Report of the Indian Hemp Drugs Commission, 1894-1895 - Volume VII
Year: 1894
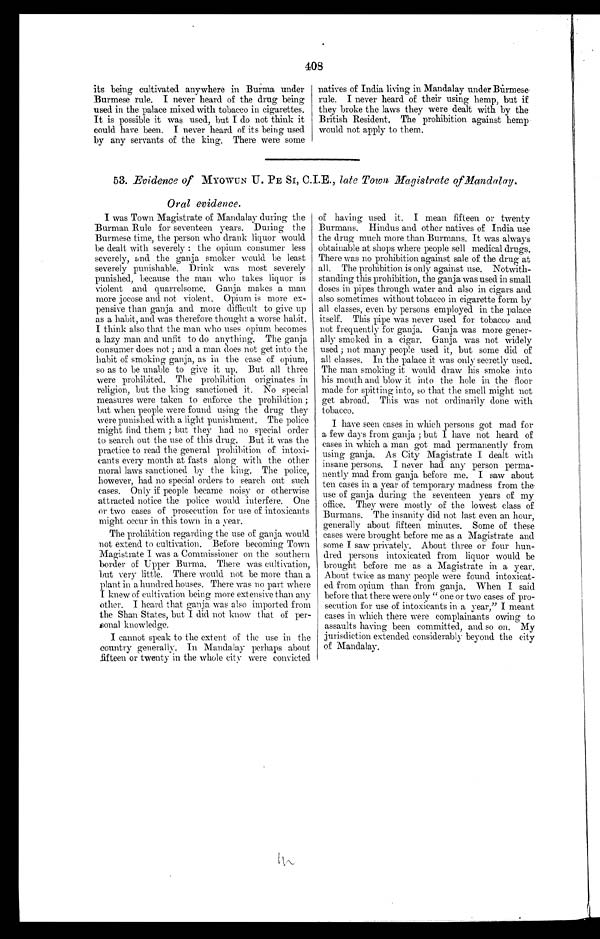
408
its being cultivated anywhere in Burma under
Burmese rule. I never heard of the drug being
used in the palace mixed with tobacco in cigarettes.
It is possible it was used, but I do not think it
could have been. I never heard of its being used
by any servants of the king. There were some
natives of India living in Mandalay under Burmese
rule. I never heard of their using hemp, but if
they broke the laws they were dealt with by the
British Resident, The prohibition against hemp
would not apply to them.
53. Evidence of MYOWUN U. PE SI, C.I.E., late Town Magistrate of Mandalay.
Oral evidence.
I was Town Magistrate of Mandalay during the
Burman Rule for seventeen years. During the
Burmese time, the person who drank liquor would
be dealt with severely : the opium consumer less
severely, and the ganja smoker would. be least
severely punishable. Drink was most severely
punished, because the man who takes liquor is
violent and quarrelsome. Ganja makes a man
more jocose and not violent. Opium is more ex-
pensive than ganja and more difficult to give up
as a habit, and was therefore thought a worse habit.
I think also that the man who uses opium becomes
a lazy man and unfit to do anything. The ganja
consumer does not ; and a man does not get into the
habit of smoking ganja, as in the case of opium,
so as to be unable to give it up. But all three
were prohibited. The prohibition originates in
religion, but the king sanctioned it. No special
measures were taken to enforce the prohibition ;
but when people were found using the drug they
were punished with a light. punishment. The police
might find them ; but they had no special order
to search out the use of this drug. But it was the
practice to read the general prohibition of intoxi-
cants every month at fasts along with the other
moral laws sanctioned by the king. The police,
however, had no special orders to search out such
cases. Only if people became noisy or otherwise
attracted notice the police would interfere. One
or two cases of prosecution for use of intoxicants
might occur in this town in a year.
The prohibition regarding the use of ganja would
not extend. to cultivation. Before becoming Town
Magistrate I was a Commissioner on the southern
border of Upper Burma. There was cultivation,
but very little. There would not be more than a
plant in a hundred houses. There was no part where
I knew of cultivation being more extensive than any
other. I heard that ganja was also imported from
the Shan States, but I did not know that of per-
sonal knowledge.
I cannot speak to the extent of the use in the
country generally. In Mandalay perhaps about
fifteen or twenty in the whole city were convicted
of having used it. I mean fifteen or twenty
Burmans. Hindus and other natives of India use
the drug much more than Burmans. It was always
obtainable at shops where people sell medical drugs.
There was no prohibition against sale of the drug at
all. The prohibition is only against use. Notwith-
standing this prohibition, the ganja was used in small
doses in pipes through water and also in cigars and.
also sometimes without tobacco in cigarette form by
all classes, even by persons employed in the palace
itself. This pipe was never used for tobacco and
not frequently for ganja. Ganja was more gener-
ally smoked in a cigar. Ganja was not widely
used ; not many people used it, but some did of
all classes. In the palace it was only secretly used,
The man smoking it would draw his smoke into
his mouth and blow it into the hole in the floor
made for spitting into, so that the smell might not
get abroad. This was not ordinarily done with
tobacco.
I have seen cases in which persons got mad for
a few days from ganja ; but I have not heard of
cases in which a man got mad permanently from
using ganja. As City Magistrate I dealt with
insane persons. I never had any person perma-
nently mad from ganja before me. I saw about
ten cases in a year of temporary madness from the-
use of ganja during the seventeen years of my
office. They were mostly of the lowest class of
Burmans. The insanity did not last even an hour,
generally about fifteen minutes. Some of these
cases were brought before me as a Magistrate and
some I saw privately. About three or four hun-
dred persons intoxicated from liquor would be
brought before me as a Magistrate in a year.
About twice as many people were found intoxicat-
ed from opium than from ganja. When I said
before that there were only " one or two cases of pro-
secution for use of intoxicants in a year," I meant
cases in which there were complainants owing to
assaults having been committed, and so on. My
jurisdiction extended considerably beyond the city
of Mandalay.